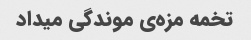
تخمه مزه‌ی موندگی میداد